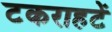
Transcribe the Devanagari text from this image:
टकराहटें